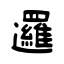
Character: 邏